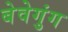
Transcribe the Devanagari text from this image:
बेवेगुंग